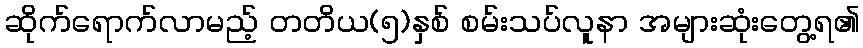
ဆိုက်ရောက်လာမည့် တတိယ(၅)နှစ် စမ်းသပ်လူနာ အများဆုံးတွေ့ရ၏